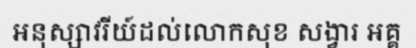
អនុស្សាវរីយ៍ដល់លោកសុខ សង្វារ អគ្គ